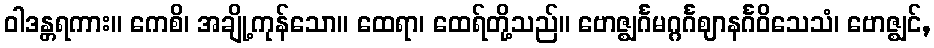
ဝါဒန္တရကား။ ကေစိ၊ အချို့ကုန်သော။ ထေရာ၊ ထေရ်တို့သည်။ ဗောဇ္ဈင်္ဂမဂ္ဂင်္ဂဈာနင်္ဂဝိသေသံ၊ ဗောဇ္ဈင်,